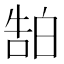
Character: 𬐊